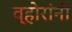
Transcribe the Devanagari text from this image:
व्होरांनी